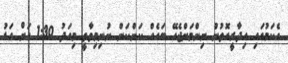
އެކަމުގައި އިދާރީގޮތުން ނިންމަންޖެހޭ ބައެއް ކަންކަން ނުނިމިވާތީ މިއަދު 1:30 އަށް އަޑު